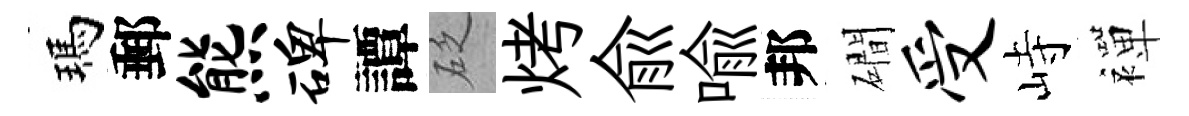
瑪郵熊碑譚砭烤兪喩邦磵受峙襌